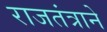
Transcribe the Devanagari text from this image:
राजतंत्राने